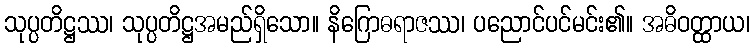
သုပ္ပတိဋ္ဌဿ၊ သုပ္ပတိဋ္ဌအမည်ရှိသော။ နိဂြောဓရာဇဿ၊ ပညောင်ပင်မင်း၏။ အဓိဝတ္ထာယ၊